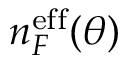
n _ { F } ^ { \mathrm { e f f } } ( \theta )